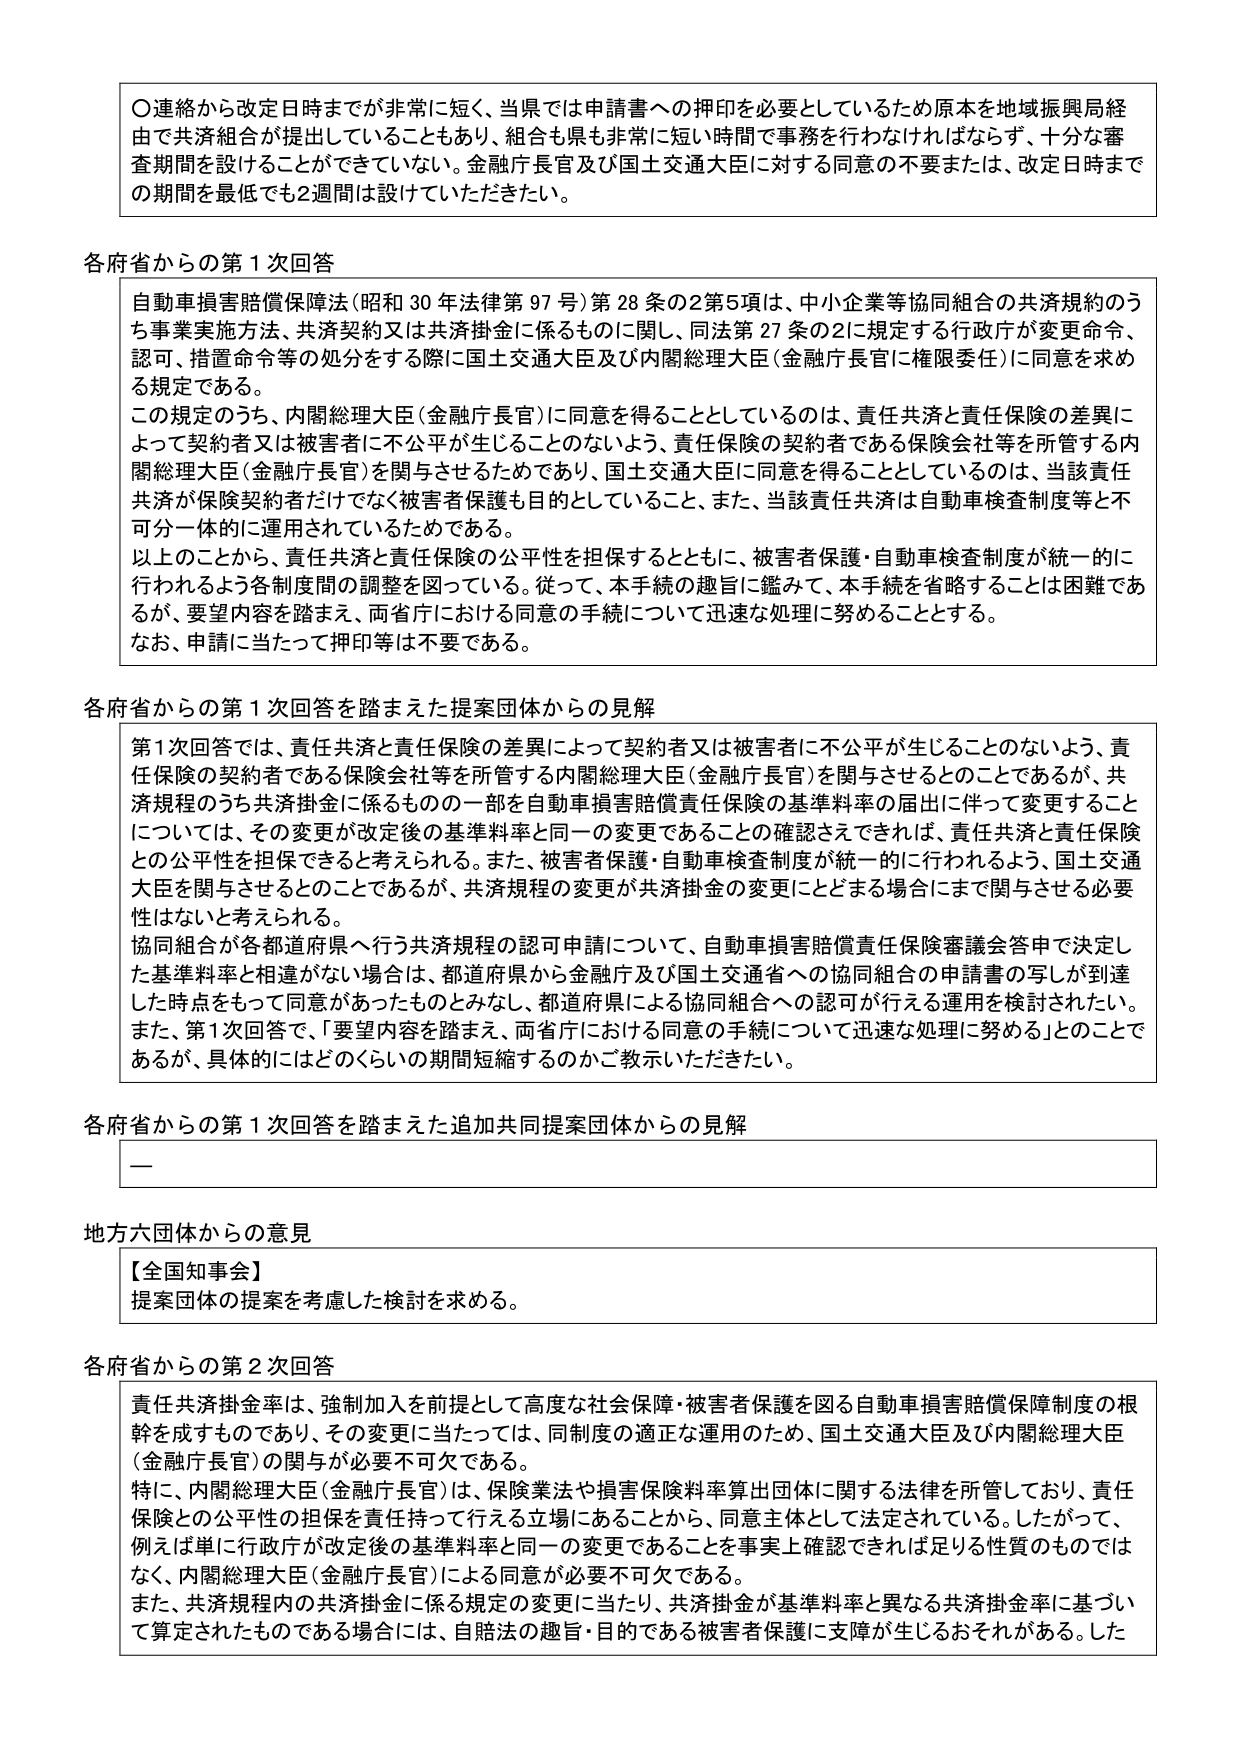
〇連絡から改定日時までが非常に短く、当県では申請書への押印を必要としているため原本を地域振興局経由で共済組合が提出していることもあり、組合も県も非常に短い時間で事務を行わなければならず、十分な審査期間を設けることができていない。金融庁長官及び国土交通大臣に対する同意の不要または、改定日時までの期間を最低でも2週間は設けていただきたい。

各府省からの第1次回答

自動車損害賠償保障法（昭和30年法律第97号）第28条の2第5項は、中小企業等協同組合の共済規約のうち事業実施方法、共済契約又は共済掛金に係るものに関し、同法第27条の2に規定する行政庁が変更命令、認可、措置命令等の処分をする際に国土交通大臣及び内閣総理大臣（金融庁長官に権限委任）に同意を求める規定である。

この規定のうち、内閣総理大臣（金融庁長官）に同意を得ることとしているのは、責任共済と責任保険の差異によって契約者又は被害者に不公平が生じることのないよう、責任保険の契約者である保険会社等を所管する内閣総理大臣（金融庁長官）を関与させるためであり、国土交通大臣に同意を得ることとしているのは、当該責任共済が保険契約者だけでなく被害者保護も目的としていること、また、当該責任共済は自動車検査制度等と不可分一体的に運用されているためである。

以上のことから、責任共済と責任保険の公平性を担保するとともに、被害者保護・自動車検査制度が統一的に行われるよう各制度間の調整を図っている。従って、本手続の趣旨に鑑みて、本手続を省略することは困難であるが、要望内容を踏まえ、両省庁における同意の手続について迅速な処理に努めることとする。

なお、申請に当たって押印等は不要である。

各府省からの第1次回答を踏まえた提案団体からの見解

第1次回答では、責任共済と責任保険の差異によって契約者又は被害者に不公平が生じることのないよう、責任保険の契約者である保険会社等を所管する内閣総理大臣（金融庁長官）を関与させることであるが、共済規程のうち共済掛金に係るものの一部を自動車損害賠償責任保険の基準料率の届出に伴って変更することについては、その変更が改定後の基準料率と同一の変更であることが確認さえできれば、責任共済と責任保険との公平性を担保できると考えられる。また、被害者保護・自動車検査制度が統一的に行われるよう、国土交通大臣を関与させるとのことであるが、共済規程の変更が共済掛金の変更にとどまる場合にまで関与させる必要性はないと考えられる。

協同組合が各都道府県へ行う共済規程の認可申請について、自動車損害賠償責任保険審議会答申で決定した基準料率と相違がない場合は、都道府県から金融庁及び国土交通省への協同組合の申請書の写しが到達した時点をもって同意があったものとみなし、都道府県による協同組合への認可が行える運用を検討されたい。また、第1次回答で、「要望内容を踏まえ、両省庁における同意の手続について迅速な処理に努める」ととのことであるが、具体的にはどのくらいの期間短縮するのかご教示いただきたい。

各府省からの第1次回答を踏まえた追加共同提案団体からの見解

—

地方六団体からの意見

【全国知事会】
提案団体の提案を考慮した検討を求める。

各府省からの第2次回答

責任共済掛金率は、強制加入を前提として高度な社会保障・被害者保護を図る自動車損害賠償保障制度の根幹を成すものであり、その変更に当たっては、同制度の適正な運用のため、国土交通大臣及び内閣総理大臣（金融庁長官）の関与が必要不可欠である。

特に、内閣総理大臣（金融庁長官）は、保険業法や損害保険料率算出団体に関する法律を所管しており、責任保険との公平性の担保を責任持って行える立場にあることから、同意主体として法定されている。したがって、例えば単に行政庁が改定後の基準料率と同一の変更であることを事実上確認できれば足りる性質のものではなく、内閣総理大臣（金融庁長官）による同意が必要不可欠である。

また、共済規程内の共済掛金に係る規定の変更に当たり、共済掛金が基準料率と異なる共済掛金率に基づいて算定されたものである場合には、自賠法の趣旨・目的である被害者保護に支障が生じるおそれがある。した